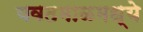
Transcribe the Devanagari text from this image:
यवतमाळमध्ये